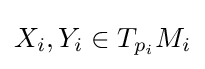
X_{i},Y_{i}\in T_{p_{i}}M_{i}